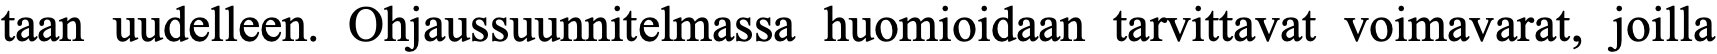
taan uudelleen. Ohjaussuunnitelmassa huomioidaan tarvittavat voimavarat, joilla